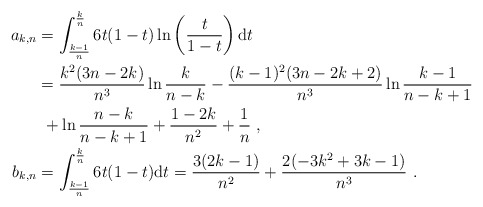
\begin{align*}a_{k,n}&=\int_\frac{k-1}{n}^\frac{k}{n} 6t(1-t)\ln\left(\frac{t}{1-t}\right)\mathrm{d}t\\&=\frac{k^2(3n-2k)}{n^3}\ln\frac{k}{n-k}-\frac{(k-1)^2(3n-2k+2)}{n^3}\ln\frac{k-1}{n-k+1}\\&\ +\ln\frac{n-k}{n-k+1}+\frac{1-2k}{n^2}+\frac{1}{n}\ ,\\b_{k,n}&=\int_\frac{k-1}{n}^\frac{k}{n} 6t(1-t)\mathrm{d}t=\frac{3(2k-1)}{n^2}+\frac{2(-3k^2+3k-1)}{n^3}\ .\end{align*}